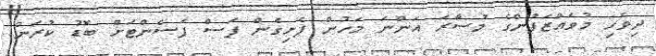
ދިވެހި މުވައްޒަފުންގެ މުސާރަ އަންނަ މަހުން ފެށިގެން ފަސް ޕަސެންޓަށް ބޮޑު ކުރަން